Civil Veterinary Dept. North-West Frontier Province 1933-46 - 1933-1946
Year: 1933
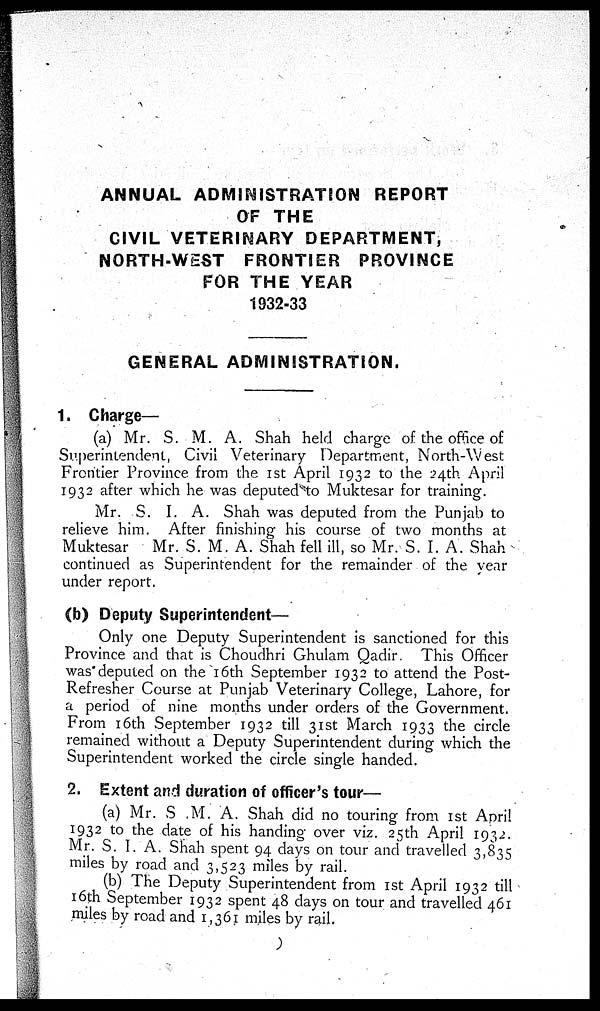
ANNUAL ADMINISTRATION REPORT
OF THE
CIVIL VETERINARY DEPARTMENT,
NORTH-WEST FRONTIER PROVINCE
FOR THE YEAR
1932-33
GENERAL ADMINISTRATION.
1. Charge—
(a) Mr. S. M. A. Shah held charge of the office of
Superintendent, Civil Veterinary Department, North-West
Frontier Province from the 1st April 1932 to the 24th April
1932 after which he was deputed to Muktesar for training.
Mr. S. I. A. Shah was deputed from the Punjab to
relieve him. After finishing his course of two months at
Muktesar
Mr. S. M. A. Shah fell ill, so Mr. S. I. A. Shah
continued as Superintendent for the remainder of the year
under report.
(b) Deputy Superintendent—
Only one Deputy Superintendent is sanctioned for this
Province and that is Choudhri Ghulam Qadir. This Officer
was deputed on the 16th September 1932 to attend the Post-
Refresher Course at Punjab Veterinary College, Lahore, for
a period of nine months under orders of the Government.
From 16th September 1932 till 31st March 1933 the circle
remained without a Deputy Superintendent during which the
Superintendent worked the circle single handed.
2. Extent and duration of officer's tour—
(a) Mr. S .M. A. Shah did no touring from 1st April
1932 to the date of his handing over viz. 25th April
1932.M
miles by road and 3,523 miles by rail.
(b) The Deputy Superintendent from 1st April 1932 till
16th September 1932 spent 48 days on tour and travelled 461
miles by road and 1,361 miles by rail.